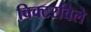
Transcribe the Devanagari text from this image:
विक्टरविले